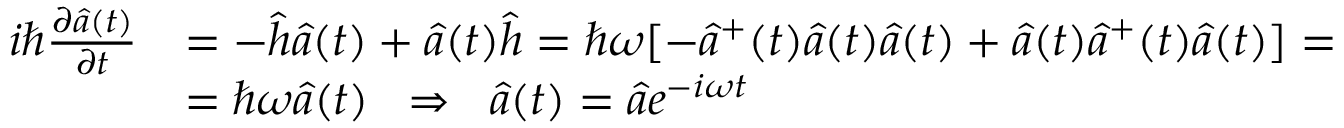
\begin{array} { r l } { i \hbar \frac { \partial \hat { a } ( t ) } { \partial t } } & { = - \hat { h } \hat { a } ( t ) + \hat { a } ( t ) \hat { h } = \hbar \omega [ - \hat { a } ^ { + } ( t ) \hat { a } ( t ) \hat { a } ( t ) + \hat { a } ( t ) \hat { a } ^ { + } ( t ) \hat { a } ( t ) ] = } \\ & { = \hbar \omega \hat { a } ( t ) \; \; \Rightarrow \; \; \hat { a } ( t ) = \hat { a } e ^ { - i \omega t } } \end{array}